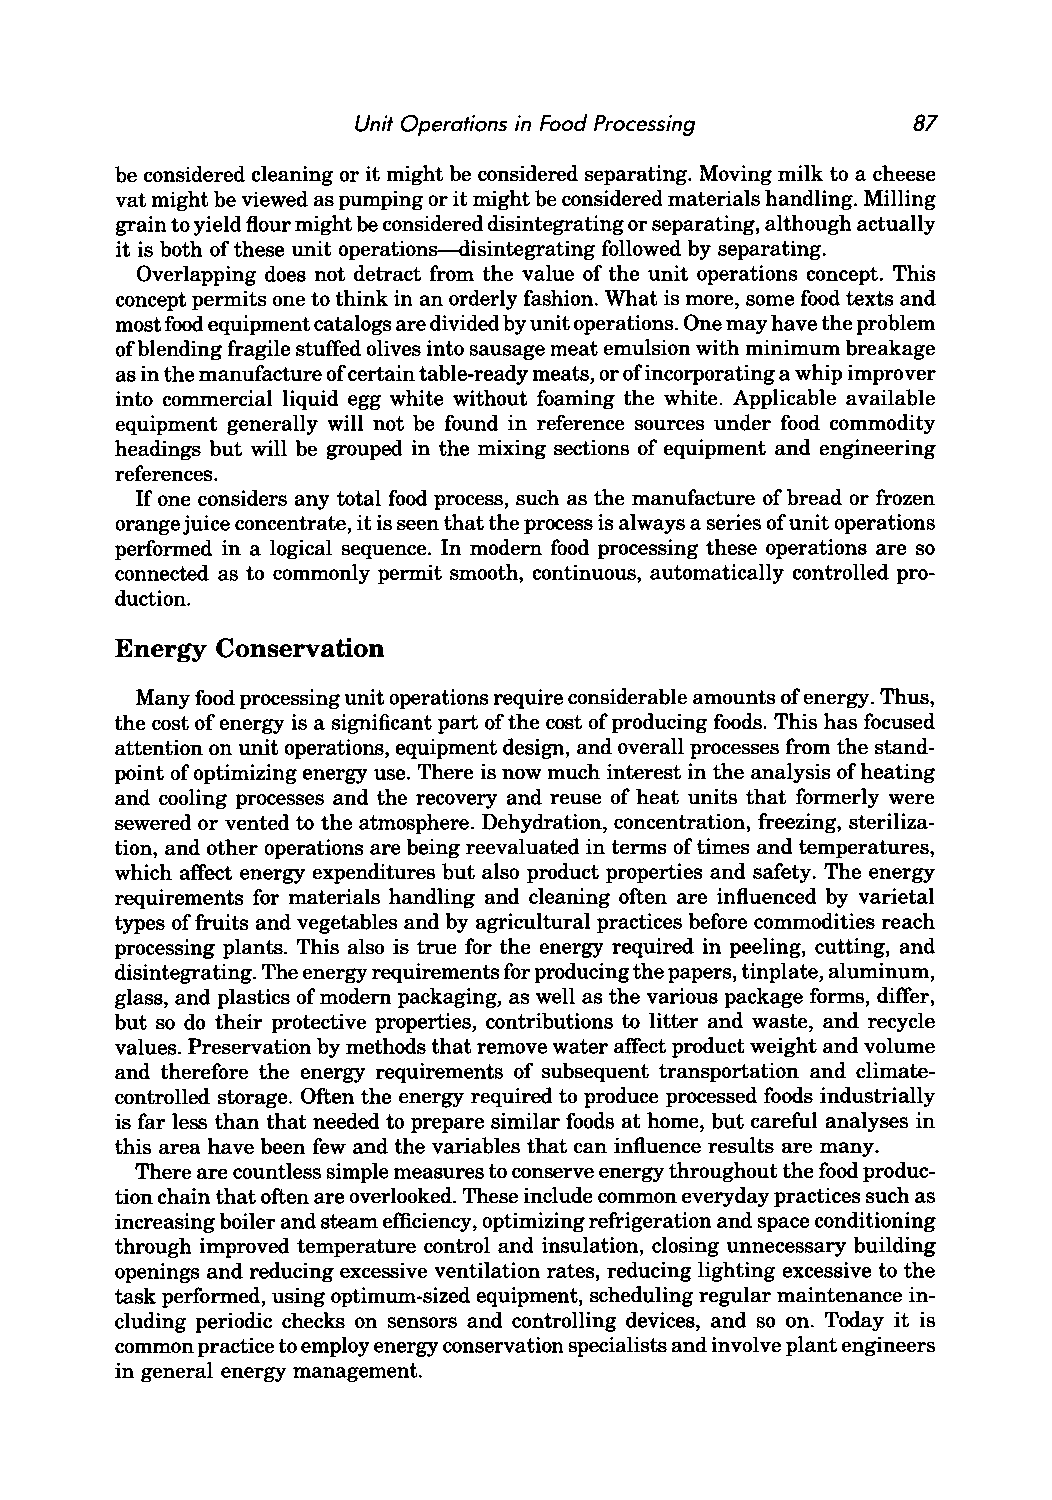
Unit Operations in Food Processing  87
 be considered cleaning or it might be considered separating. Moving milk to a cheese
 vat might be viewed as pumping or it might be considered materials handling. Milling
 grain to yield flour might be considered disintegrating or separating, although actually
 it is both of these unit operations-disintegrating followed by separating.
 Overlapping does not detract from the value of the unit operations concept. This
 concept permits one to think in an orderly fashion. What is more, some food texts and
 most food equipment catalogs are divided by unit operations. One may have the problem
 of blending fragile stuffed olives into sausage meat emulsion with minimum breakage
 as in the manufacture of certain table-ready meats, or of incorporating a whip improver
 into commercial liquid egg white without foaming the white. Applicable available
 equipment generally will not be found in reference sources under food commodity
 headings but will be grouped in the mixing sections of equipment and engineering
 references.
 If one considers any total food process, such as the manufacture of bread or frozen
 orange juice concentrate, it is seen that the process is always a series of unit operations
 performed in a logical sequence. In modem food processing these operations are so
 connected as to commonly permit smooth, continuous, automatically controlled pro
 duction.
 Energy Conservation
 Many food processing unit operations require considerable amounts of energy. Thus,
 the cost of energy is a significant part of the cost of producing foods. This has focused
 attention on unit operations, equipment design, and overall processes from the stand
 point of optimizing energy use. There is now much interest in the analysis of heating
 and cooling processes and the recovery and reuse of heat units that formerly were
 sewered or vented to the atmosphere. Dehydration, concentration, freezing, steriliza
 tion, and other operations are being reevaluated in terms of times and temperatures,
 which affect energy expenditures but also product properties and safety. The energy
 requirements for materials handling and cleaning often are influenced by varietal
 types of fruits and vegetables and by agricultural practices before commodities reach
 processing plants. This also is true for the energy required in peeling, cutting, and
 disintegrating. The energy requirements for producing the papers, tinplate, aluminum,
 glass, and plastics of modem packaging, as well as the various package forms, differ,
 but so do their protective properties, contributions to litter and waste, and recycle
 values. Preservation by methods that remove water affect product weight and volume
 and therefore the energy requirements of subsequent transportation and climate
 controlled storage. Often the energy required to produce processed foods industrially
 is far less than that needed to prepare similar foods at home, but careful analyses in
 this area have been few and the variables that can influence results are many.
 There are countless simple measures to conserve energy throughout the food produc
 tion chain that often are overlooked. These include common everyday practices such as
 increasing boiler and steam efficiency, optimizing refrigeration and space conditioning
 through improved temperature control and insulation, closing unnecessary building
 openings and reducing excessive ventilation rates, reducing lighting excessive to the
 task performed, using optimum-sized equipment, scheduling regular maintenance in
 cluding periodic checks on sensors and controlling devices, and so on. Today it is
 common practice to employ energy conservation specialists and involve plant engineers
 in general energy management.